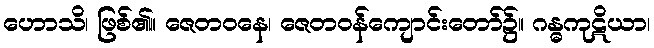
ဟောသိ၊ ဖြစ်၏။ ဇေတဝနေ၊ ဇေတဝန်ကျောင်းတော်၌။ ဂန္ဓကုဋိယာ၊